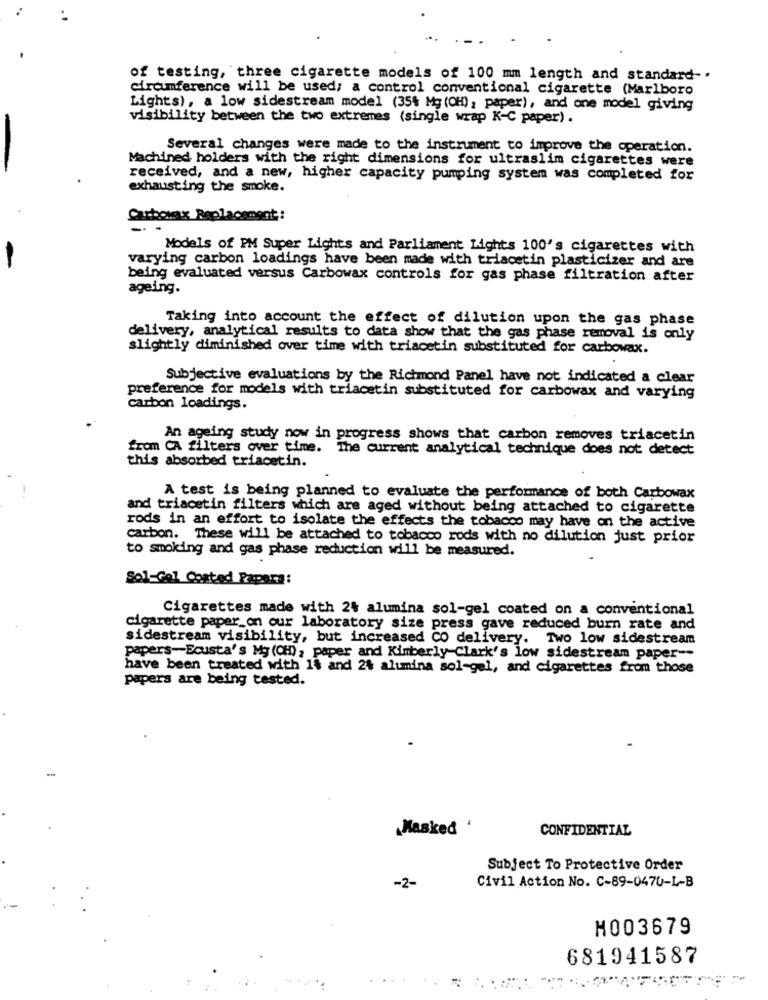
of testing, three cigarette models of 100 mm length and standard -.
circumference will be used, a control conventional cigarette (Marlboro
Lights), a low sidestream model (35% Mg (CH), paper), and one model giving
visibility between the two extremes (single wrap K-C paper) .
Several changes were made to the instrument to improve the operation.
Machined holders with the right dimensions for ultraslim cigarettes were
received, and a new, higher capacity pumping system was completed for
exhausting the smoke.
Carbovax Replacement:
Models of PM Super Lights and Parliament Lights 100's cigarettes with
-
varying carbon loadings have been made with triacetin plasticizer and are
being evaluated versus Carbowax controls for gas phase filtration after
ageing.
Taking into account the effect of dilution upon the gas phase
delivery, analytical results to data show that the gas phase removal is only
slightly diminished over time with triacetin substituted for carbowax.
Subjective evaluations by the Richmond Panel have not indicated a clear
preference for models with triacetin substituted for carbowax and varying
carbon loadings.
An ageing study now in progress shows that carbon removes triacetin
from CA filters over time. The current analytical technique does not detect
this absorbed triacetin.
A test is being planned to evaluate the performance of both Carbowax
and triacetin filters which are aged without being attached to cigarette
rods in an effort to isolate the effects the tobacco may have on the active
carbon. These will be attached to tobacco rods with no dilution just prior
to smoking and gas phase reduction will be measured.
Sol-Gel Coated Papera:
Cigarettes made with 2% alumina sol-gel coated on a conventional
cigarette paper_on our laboratory size press gave reduced burn rate and
sidestream visibility, but increased CO delivery. Two low sidestream
papers-Ecusta's Mg (CH), paper and Kimberly-Clark's low sidestream paper --
have been treated with 1% and 2& alumina sol-gel, and cigarettes from those
papers are being tested.
-
„Masked '
CONFIDENTIAL
Subject To Protective Order
-2-
Civil Action No. C-89-0470-L-B
H003679
681941587